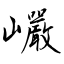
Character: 巗